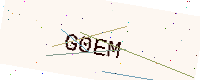
Text: G0EM